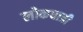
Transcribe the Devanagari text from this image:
लोकधात्री